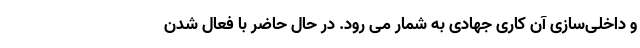
و داخلی‌سازی آن کاری جهادی به شمار می رود. در حال حاضر با فعال شدن